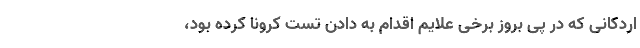
اردکانی که در پی بروز برخی علایم اقدام به دادن تست کرونا کرده بود،